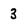
Character: 3